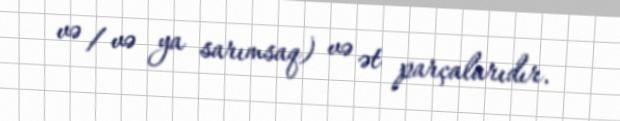
və / və ya sarımsaq) və ət parçalarıdır.